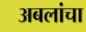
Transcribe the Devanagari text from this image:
अबलांचा